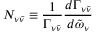
{ \cal N } _ { \nu { \bar { \nu } } } \equiv \frac { 1 } { \Gamma _ { \nu { \bar { \nu } } } } \frac { d \Gamma _ { \nu { \bar { \nu } } } } { d { \tilde { \omega } } _ { \nu } } \;